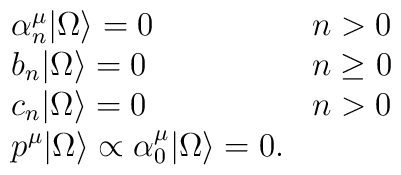
\left.	\begin{array}{lc}	\alpha_n^{\mu}|\Omega\rangle=0 & n>0 \\	b_n|\Omega\rangle=0 & n\ge 0 \\	c_n|\Omega\rangle=0 & n>0 \\	p^{\mu}|\Omega\rangle\propto\alpha_0^{\mu}|\Omega\rangle=0. & 	\end{array}\right.